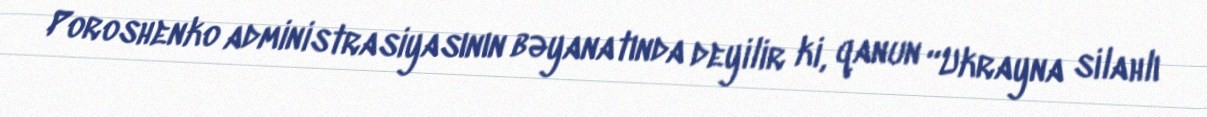
Poroshenko administrasiyasının bəyanatında deyilir ki, qanun “Ukrayna silahlı